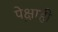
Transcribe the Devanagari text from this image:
पे़क्षाही